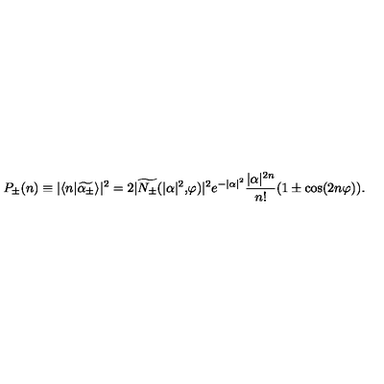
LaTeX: P _ { \pm } ( n ) \equiv | \langle n | \widetilde { \alpha _ { \pm } } \rangle | ^ { 2 } = 2 | \widetilde { N _ { \pm } } ( | \alpha | ^ { 2 } \mathrm { , } \varphi ) | ^ { 2 } e ^ { - | \alpha | ^ { 2 } } \frac { | \alpha | ^ { 2 n } } { n ! } ( 1 \pm \cos ( 2 n \varphi ) ) .